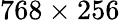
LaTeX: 768\times 256